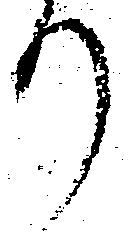
り